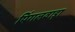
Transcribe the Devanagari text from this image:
पिंगलवाड़ा